Annual administration report of the Civil Veterinary Department of India - 1895-1896
Year: 1895
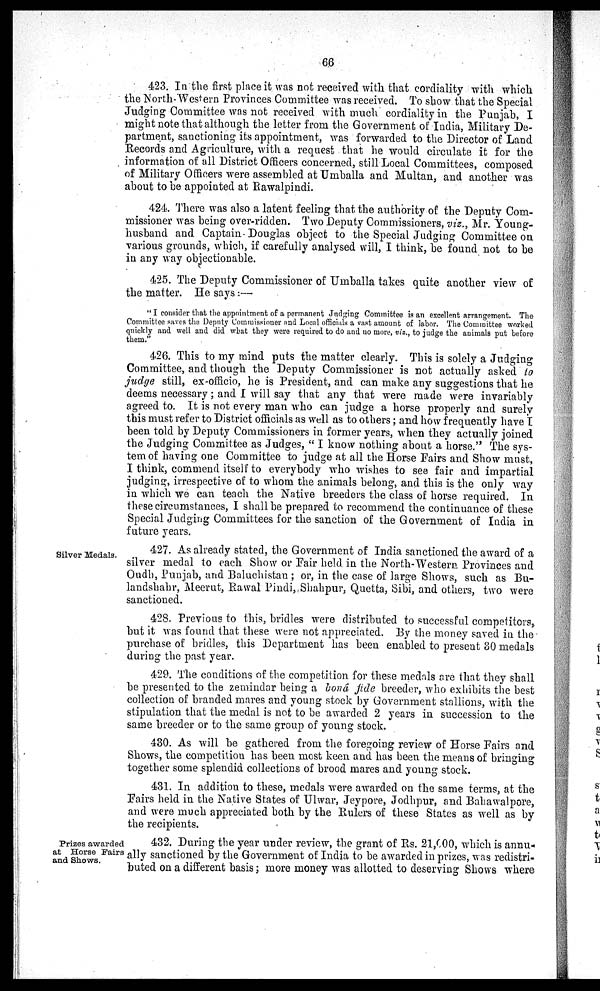
66
423. In the first place it was not received with that cordiality with which
the North Western Provinces Committee was received. To show that the Special
Judging Committee was not received with much cordiality in the Punjab, I
might note that although the letter from the Government of India, Military De-
partment, sanctioning its appointment, was forwarded to the Director of Land
Records and Agriculture, with a request that he would circulate it for the
information of all District Officers concerned, still Local Committees, composed
of Military Officers were assembled at Umballa and Multan, and another was
about to be appointed at Rawalpindi.
424. There was also a latent feeling that the authority of the Deputy Com-
missioner was being over-ridden. Two Deputy Commissioners, viz., Mr. Young-
husband and Captain Douglas object to the Special Judging Committee on
various grounds, which, if carefully analysed will, I think, be found not to be
in any way objectionable.
425. The Deputy Commissioner of Umballa takes quite another view of
the matter. He says:—
"I consider that the appointment of a permanent Judging Committee is an excellent arrangement. The
Committee saves the Deputy Commissioner and Local officials a vast amount of labor. The Committee worked
quickly and well and did what they were required to do and no more, viz., to judge the animals put before
them."
426. This to my mind puts the matter clearly. This is solely a Judging
Committee, and though the Deputy Commissioner is not actually asked to
judge still, ex-officio, he is President, and can make any suggestions that he
deems necessary; and I will say that any that were made were invariably
agreed to. It is not every man who can judge a horse properly and surely
this must refer to District officials as well as to others; and how frequently have I
been told by Deputy Commissioners in former years, when they actually joined
the Judging Committee as Judges, " I know nothing about a horse." The sys-
tem of having one Committee to judge at all the Horse Fairs and Show must,
I think, commend itself to everybody who wishes to see fair and impartial
judging, irrespective of to whom the animals belong, and this is the only way
in which we can teach the Native breeders the class of horse required. In
these circumstances, I shall be prepared to recommend the continuance of these
Special Judging Committees for the sanction of the Government of India in
future years.
Silver Medals.
427. As already stated, the Government of India sanctioned the award of a
silver medal to each Show or Fair held in the North-Western Provinces and
Oudh, Punjab, and Baluchistan ; or, in the case of large Shows, such as Bu-
landshahr, Meerut, Rawal Pindi, Shahpur, Quetta, Sibi, and others, two were
sanctioned.
428. Previous to this, bridles were distributed to successful competitors,
but it was found that these were not appreciated. By the money saved in the
purchase of bridles, this Department has been enabled to present 30 medals
during the past year.
429. The conditions of the competition for these medals are that they shall
be presented to the zemindar being a bonâ fide breeder, who exhibits the best
collection of branded mares and young stock by Government stallions, with the
stipulation that the medal is not to be awarded 2 years in succession to the
same breeder or to the same group of young stock.
430. As will be gathered from the foregoing review of Horse Fairs and
Shows, the competition has been most keen and has been the means of bringing
together some splendid collections of brood mares and young stock.
431. In addition to these, medals were awarded on the same terms, at the
Fairs held in the Native States of Ulwar, Jeypore, Jodhpur, and Bahawalpore,
and were much appreciated both by the Rulers of these States as well as by
the recipients.
Prizes awarded
at Horse Fairs
and Shows.
432. During the year under review, the grant of Rs. 21,000, which is annu-
ally sanctioned by the Government of India to be awarded in prizes, was redistri-
buted on a different basis; more money was allotted to deserving Shows where